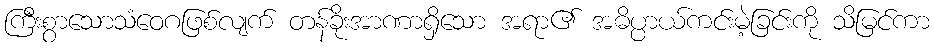
ကြီးစွာသောသံဝေဂဖြစ်လျက် တန်ခိုးအာဏာရှိသော အရာ၏ အဓိပ္ပာယ်ကင်းမဲ့ခြင်းကို သိမြင်ကာ